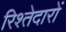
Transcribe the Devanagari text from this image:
रिश्‍तेदारों